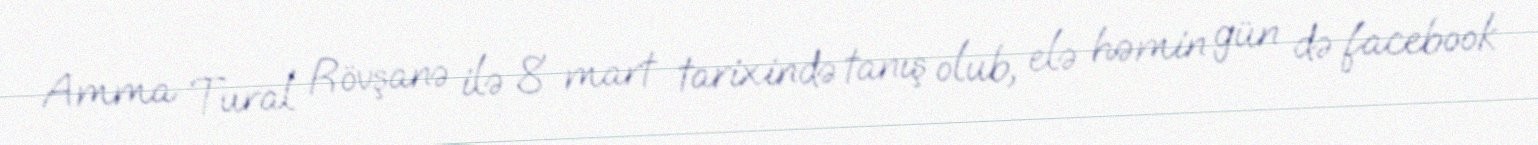
Amma Tural Rövşanə ilə 8 mart tarixində tanış olub, elə həmin gün də facebook